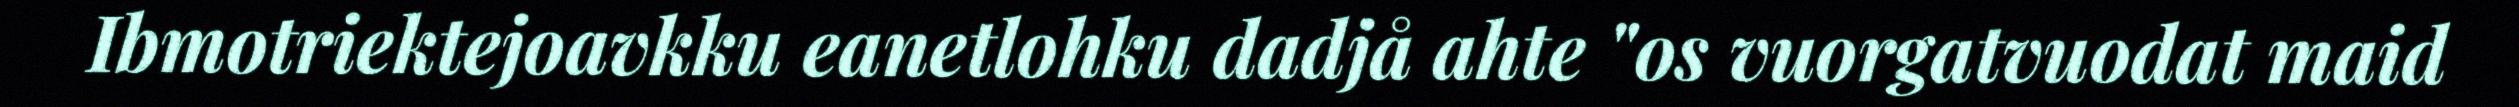
Ibmotriektejoavkku eanetlohku dadjå ahte "os vuorgatvuodat maid